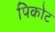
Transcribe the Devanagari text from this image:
पिकोट